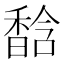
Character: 馠